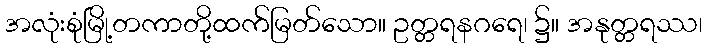
အလုံးစုံမြို့တကာတို့ထက်မြတ်သော။ ဥတ္တရနဂရေ၊ ၌။ အနုတ္တရဿ၊